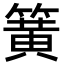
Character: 簧